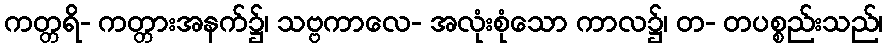
ကတ္တရိ- ကတ္တားအနက်၌၊ သဗ္ဗကာလေ- အလုံးစုံသော ကာလ၌၊ တ- တပစ္စည်းသည်၊